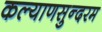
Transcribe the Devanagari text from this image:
कल्याणसुन्दरम